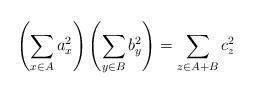
LaTeX: \begin{align*}\left(\sum_{x \in A} a_x^2\right)\left(\sum_{y \in B} b_y^2\right)=\sum_{z \in A+B} c_z^2\end{align*}